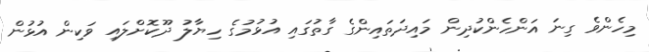
މިހެންވެ ގިނަ އަންހެންކުދިން މައިދަތައިންގެ ގާތުގައި އުޅުމުގެ ހިޔާލު ދޫކޮށްލައި ވަކިން އުޅުން